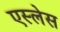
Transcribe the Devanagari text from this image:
एस्लेस